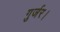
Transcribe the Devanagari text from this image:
गुर्जर।